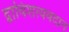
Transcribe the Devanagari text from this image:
द्वाविंशत्यवदान